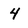
Character: 4